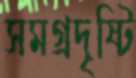
সমগ্রদৃষ্টি